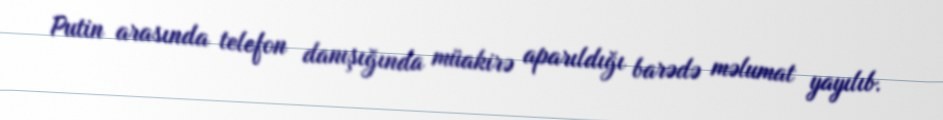
Putin arasında telefon danışığında müakirə aparıldığı barədə məlumat yayılıb.